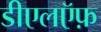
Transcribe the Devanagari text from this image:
डीएलऍफ़